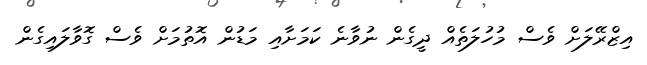
އިޒްރޭލަށް ވެސް މުހުލަތެއް ދީގެން ނުވާނެ ކަމަށާއި މަޑުން އޮތުމަށް ވެސް ގޮވާލައިގެން